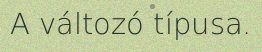
A változó típusa.